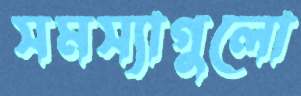
সমস্যাগুলো